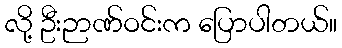
လို့ ဦးဉာဏ်ဝင်းက ပြောပါတယ်။